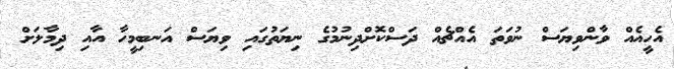
އެހީއެއް ވާންވިޔަސް ނުވަތަ އެއްޗެއް ދަސްކޮށްދިނުމުގެ ނިޔަތުގައި ވިޔަސް އަނބިމީހާ އާއި ދިމާލަށް